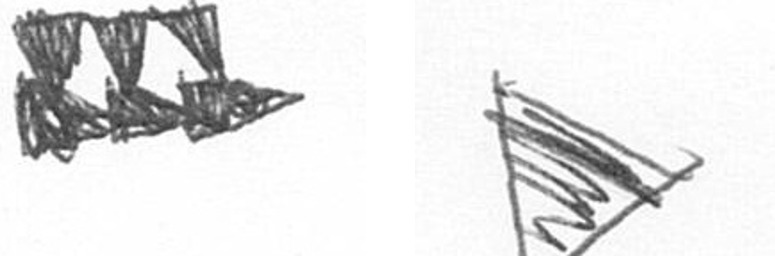
D T